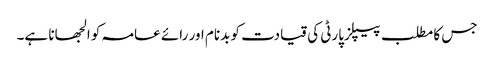
جس کا مطلب پیپلزپارٹی کی قیادت کو بدنام اور رائے عامہ کو الجھانا ہے۔